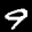
Label: 9